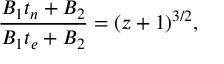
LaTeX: \frac { B _ { 1 } t _ { n } + B _ { 2 } } { B _ { 1 } t _ { e } + B _ { 2 } } = ( z + 1 ) ^ { 3 / 2 } ,